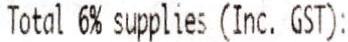
TOTAL 6% SUPPLIES (INC. GST):